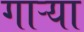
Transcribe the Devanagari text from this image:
गाऱ्या